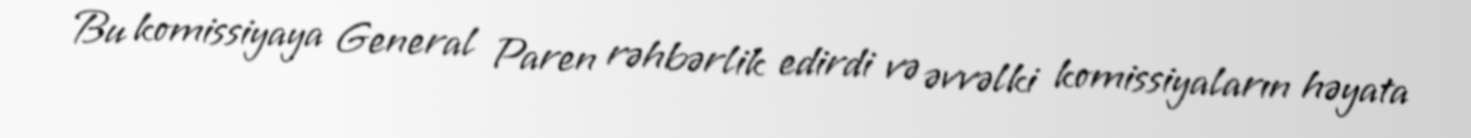
Bu komissiyaya General Paren rəhbərlik edirdi və əvvəlki komissiyaların həyata